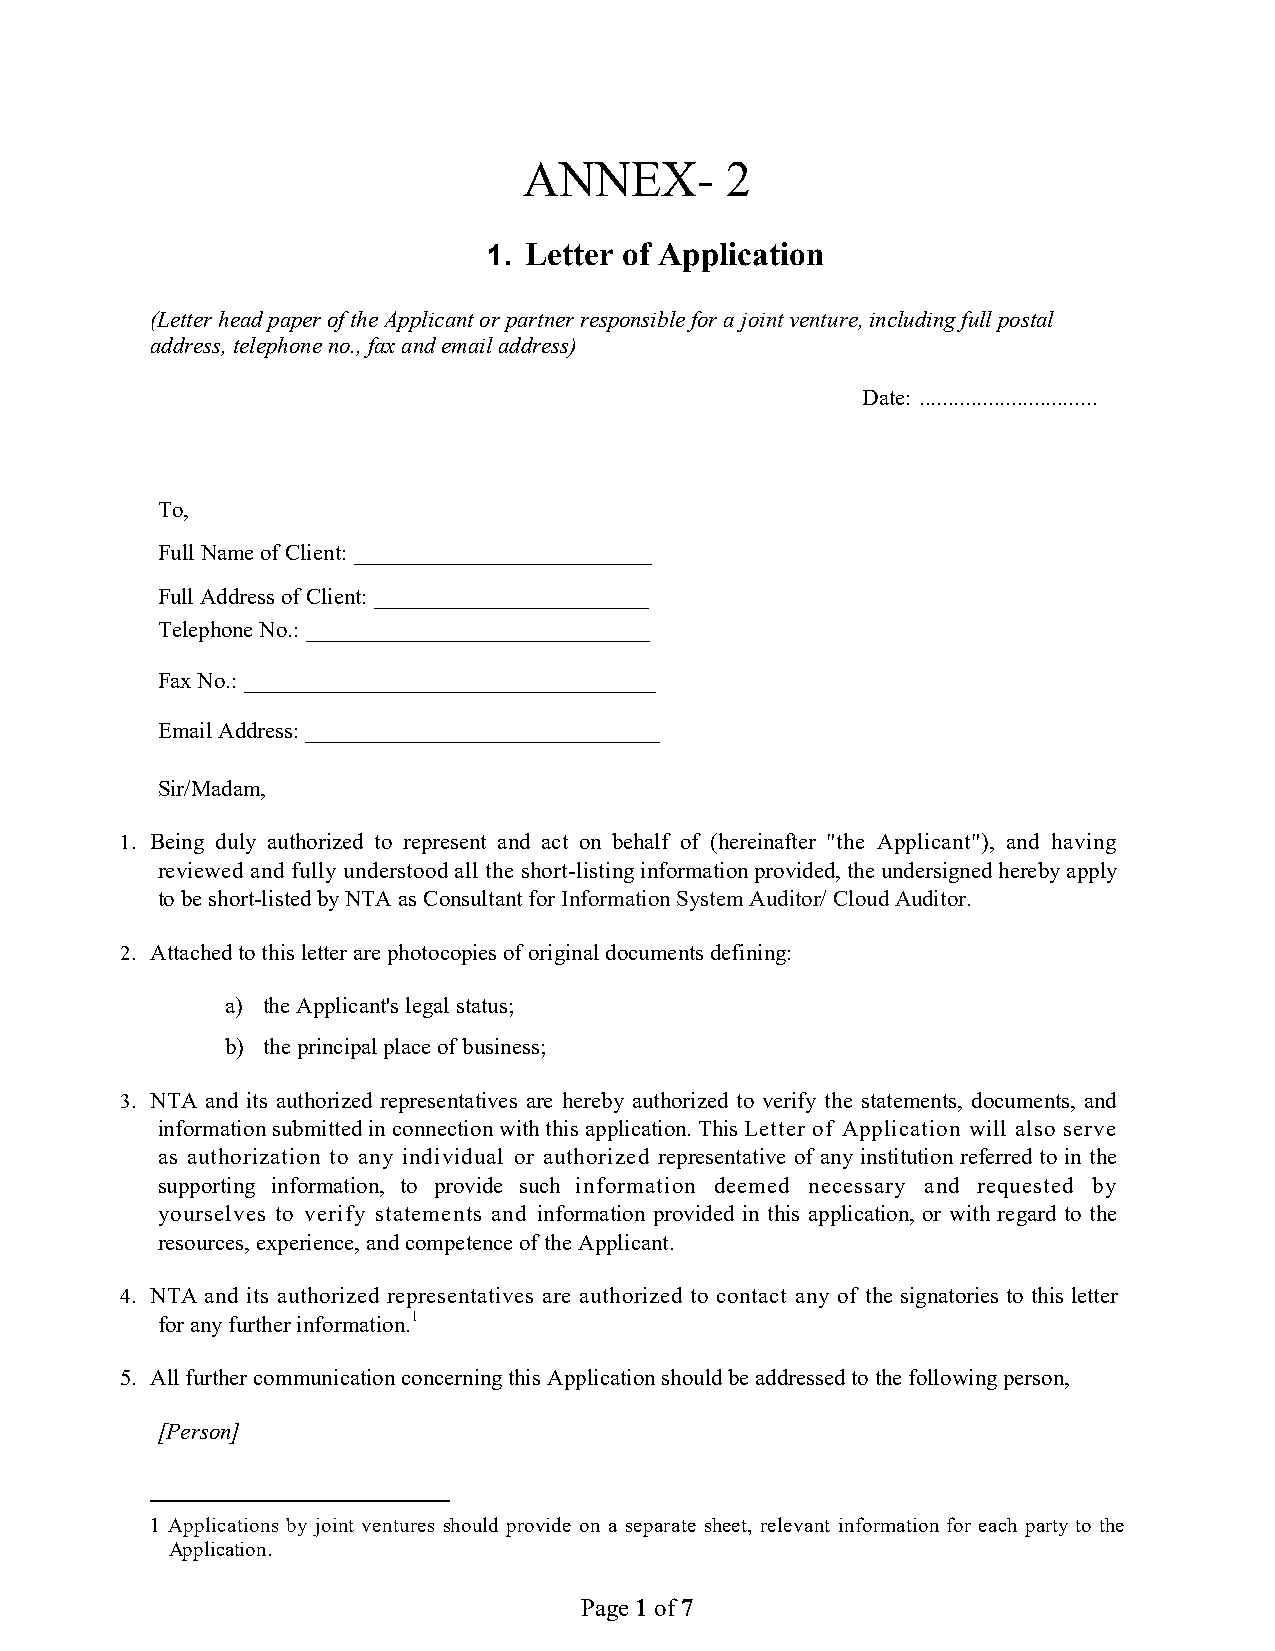
ANNEX-       2
 1. Letter of Application
 (Letter head paper of the Applicant or partner responsible for a joint venture, including full postal
 address, telephone no., fax and email address)
 Date: ...............................
 To,
 Full Name of Client: __________________________
 Full Address of Client: ________________________
 Telephone No.: ______________________________
 Fax No.: ____________________________________
 Email Address: _______________________________
 Sir/Madam,
 1. Being duly authorized to represent and act on behalf of (hereinafter "the Applicant"), and having
 reviewed and fully understood all the short-listing information provided, the undersigned hereby apply
 to be short-listed by NTA as Consultant for Information System Auditor/ Cloud Auditor.
 2. Attached to this letter are photocopies of original documents defining:
 a) the Applicant's legal status;
 b) the principal place of business;
 3. NTA and its authorized representatives are hereby authorized to verify the statements, documents, and
 information submitted in connection with this application. This Letter of Application will also serve
 as authorization to any individual or authorized representative of any institution referred to in the
 supporting information, to provide such information deemed necessary and requested by
 yourselves to verify statements and information provided in this application, or with regard to the
 resources, experience, and competence of the Applicant.
 4. NTA and its authorized representatives are authorized to contact any of the signatories to this letter
 for any further information.1
 5. All further communication concerning this Application should be addressed to the following person,
 [Person]
 1 Applications by joint ventures should provide on a separate sheet, relevant information for each party to the
 Application.
 Page 1 of 7